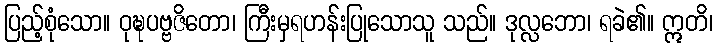
ပြည့်စုံသော။ ဝုဍ္ဎပဗ္ဗဇိတော၊ ကြီးမှရဟန်းပြုသောသူ သည်။ ဒုလ္လဘော၊ ရခဲ၏။ ဣတိ၊